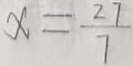
x = \frac { 2 7 } { 7 }